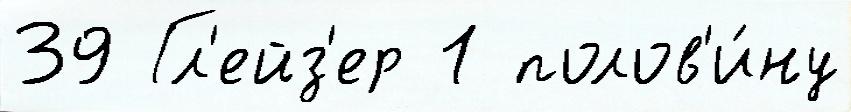
39 Гл'ейз'ер 1 полов'и́ну